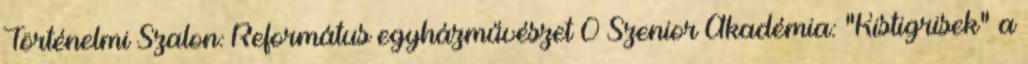
Történelmi Szalon: Református egyházművészet 0 Szenior Akadémia: “Kistigrisek” a